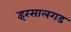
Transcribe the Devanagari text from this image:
इरसालगड